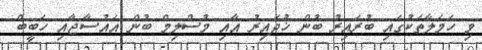
މި ހަމަލާތަކުގައި ބުރައިރު ބުން ޚުދައިރު އާއި މުސްލިމް ބުން އައުސާޖާއި ހަބީބް